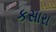
કસારા